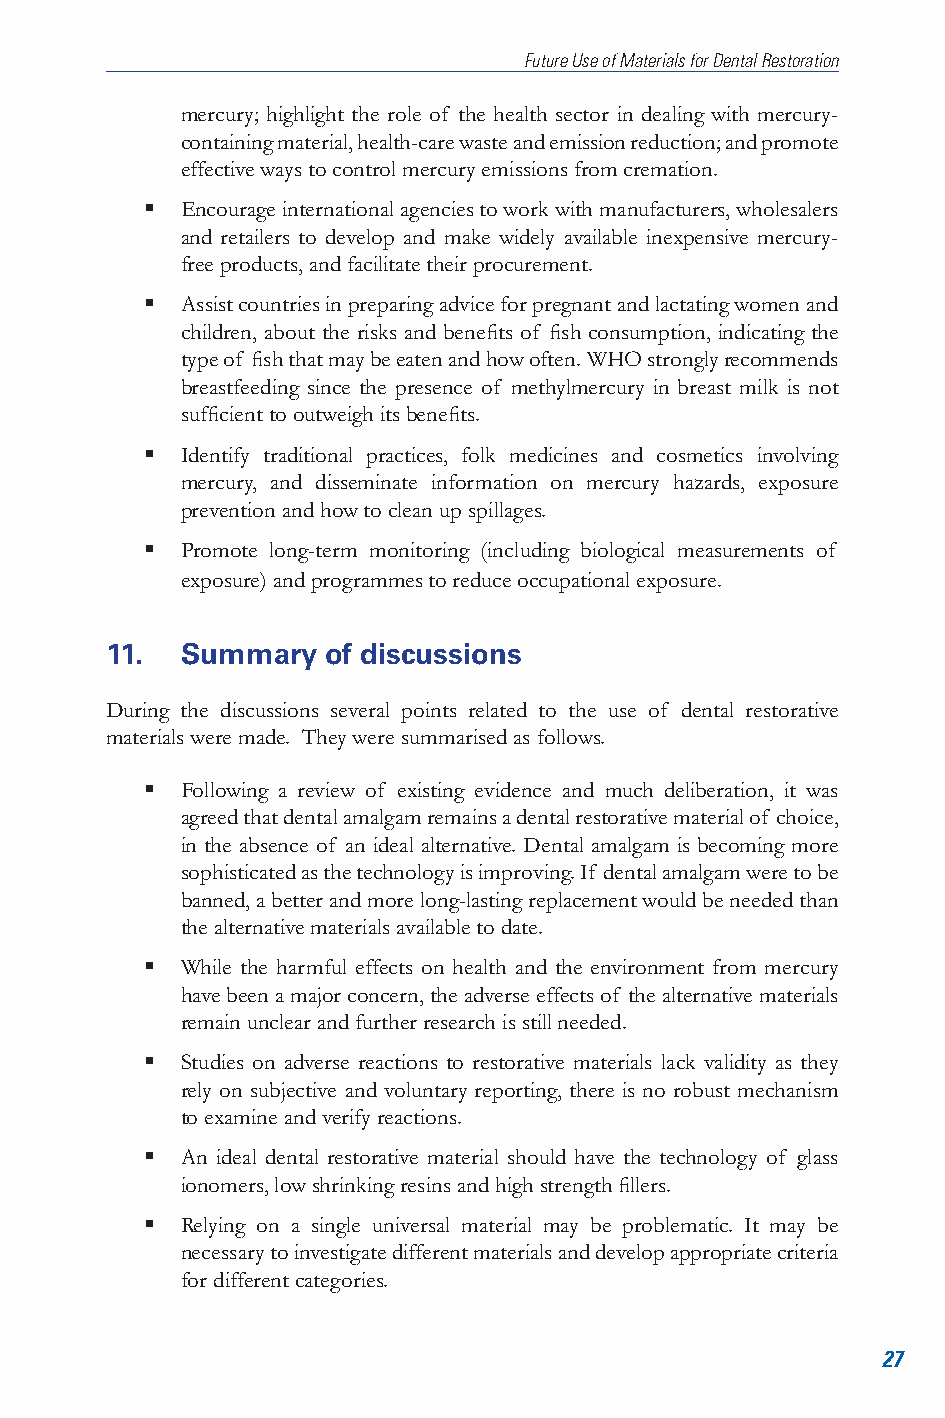
Future Use of Materials for Dental Restoration
 mercury; highlight the role of the health sector in dealing with mercury-
 containing material, health-care waste and emission reduction; and promote
 effective ways to control mercury emissions from cremation.
   Encourage international agencies to work with manufacturers, wholesalers
 and retailers to develop and make widely available inexpensive mercury-
 free products, and facilitate their procurement.
   Assist countries in preparing advice for pregnant and lactating women and
 children, about the risks and benefits of fish consumption, indicating the
 type of fish that may be eaten and how often. WHO strongly recommends
 breastfeeding since the presence of methylmercury in breast milk is not
 sufficient to outweigh its benefits.
   Identify traditional practices, folk medicines and cosmetics involving
 mercury, and disseminate information on mercury hazards, exposure
 prevention and how to clean up spillages.
   Promote long-term monitoring (including biological measurements of
 exposure) and program mes to reduce occupational exposure.
 11.  Summary   of discussions
 During the discussions several points related to the use of dental restorative
 materials were made. They were summarised as follows.
   Following a review of existing evidence and much deliberation, it was
 agreed that dental amalgam remains a dental restorative material of choice,
 in the absence of an ideal alternative. Dental amalgam is becoming more
 sophisticated as the technology is improving. If dental amalgam were to be
 banned, a better and more long-lasting replacement would be needed than
 the alternative materials available to date.
   While the harmful effects on health and the environment from mercury
 have been a major concern, the adverse effects of the alternative materials
 remain unclear and further research is still needed.
   Studies on adverse reactions to restorative materials lack validity as they
 rely on subjective and voluntary reporting, there is no robust mechanism
 to examine and verify reactions.
   An ideal dental restorative material should have the technology of glass
 ionomers, low shrinking resins and high strength fillers.
   Relying on a single universal material may be problematic. It may be
 necessary to investigate different materials and develop appropriate criteria
 for different categories.
 27